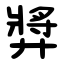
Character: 㢡